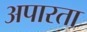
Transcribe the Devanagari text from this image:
अपारता